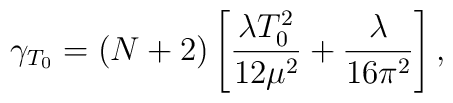
\gamma_{T_{0}}=(N+2)           \left[ \frac{\lambda T_{0}^{2}}{12 \mu^{2}}+                     \frac{\lambda}{16 \pi^{2}} \right],